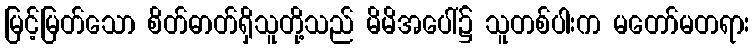
မြင့်မြတ်သော စိတ်ဓာတ်ရှိသူတို့သည် မိမိအပေါ်၌ သူတစ်ပါးက မတော်မတရား